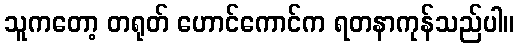
သူကတော့ တရုတ် ဟောင်ကောင်က ရတနာကုန်သည်ပါ။